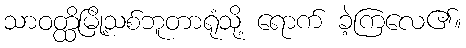
သာဝတ္ထိမြို့သစ်ဘူတာရုံသို့ ရောက် ခဲ့ကြလေ၏။